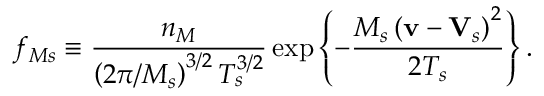
f _ { M s } \equiv \frac { n _ { M } } { \left( 2 \pi / M _ { s } \right) ^ { 3 / 2 } T _ { s } ^ { 3 / 2 } } \exp \left\{ - \frac { M _ { s } \left( \mathbf { v } - \mathbf { V } _ { s } \right) ^ { 2 } } { 2 T _ { s } } \right\} .